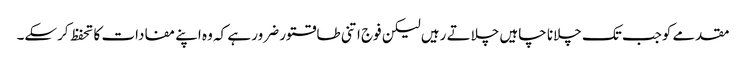
مقدمے کوجب تک چلانا چاہیں چلاتے رہیں لیکن فوج اتنی طاقتور ضرور ہے کہ وہ اپنے مفادات کا تحفظ کرسکے۔